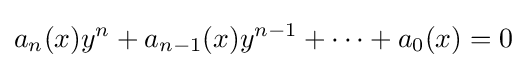
a_{n}(x)y^{n}+a_{n-1}(x)y^{n-1}+\cdots +a_{0}(x)=0